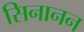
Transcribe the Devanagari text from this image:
सिनानन